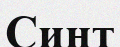
Синт